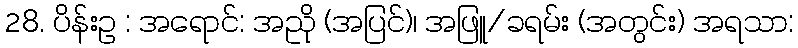
28. ပိန်းဥ : အရောင်: အညို (အပြင်)၊ အဖြူ/ခရမ်း (အတွင်း) အရသာ: